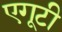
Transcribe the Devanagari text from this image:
एगूटी